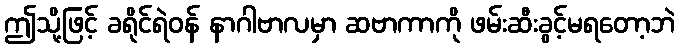
ဤသို့ဖြင့် ခရိုင်ရဲဝန် နာဂါဗာလမှာ ဆဗာကာကို ဖမ်းဆီးခွင့်မရတော့ဘဲ